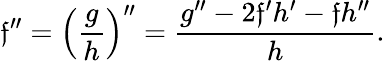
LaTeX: \mathfrak{f}^{\prime\prime}=\left({\frac{{g}}{{h}}}\right)^{\prime\prime}={\frac{{g^{\prime\prime}-2\mathfrak{f}^{\prime}h^{\prime}-\mathfrak{f}h^{\prime\prime}}}{{h}}}.